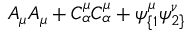
A _ { \mu } A _ { \mu } + C _ { \alpha } ^ { \mu } C _ { \alpha } ^ { \mu } + \psi _ { \{ 1 } ^ { \mu } \psi _ { 2 \} } ^ { \nu }